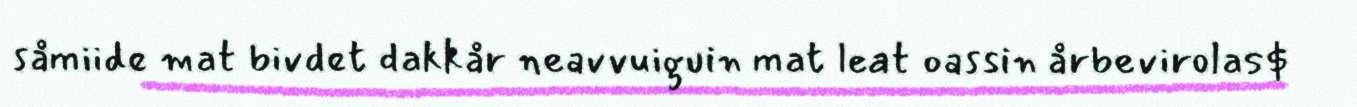
såmiide mat bivdet dakkår neavvuiguin mat leat oassin årbevirolas$